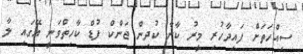
ސިއްހަތަށް ފައިދާހުރި މީރު ކާނާ ކުދިން ޖަންކް ފުޑް ކާހިތްވަނީ އޭގައި ލާ